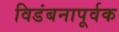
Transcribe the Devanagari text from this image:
विडंबनापूर्वक